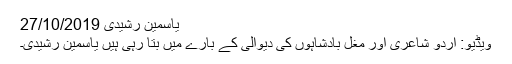
یاسمین رشیدی 27/10/2019
ویڈیو: اردو شاعری اور مغل بادشاہوں کی دیوالی کے بارے میں بتا رہی ہیں یاسمین رشیدی۔